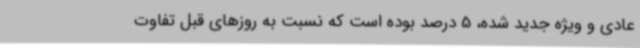
عادی و ویژه جدید شده، 5 درصد بوده است که نسبت به روزهای قبل تفاوت